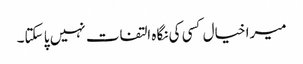
میرا خیال کسی کی نگاہ التفات نہیں پا سکتا۔